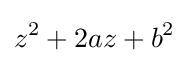
z^{2}+2az+b^{2}